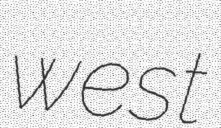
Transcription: west